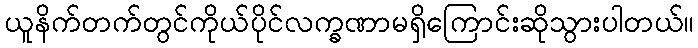
ယူနိက်တက်တွင်ကိုယ်ပိုင်လက္ခဏာမရှိကြောင်းဆိုသွားပါတယ်။